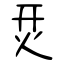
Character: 烎